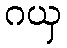
ဂယှ